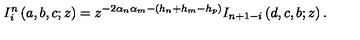
I _ { i } ^ { n } \left( a , b , c ; z \right) = z ^ { - 2 \alpha _ { n } \alpha _ { m } - \left( h _ { n } + h _ { m } - h _ { p } \right) } I _ { n + 1 - i } \left( d , c , b ; z \right) .